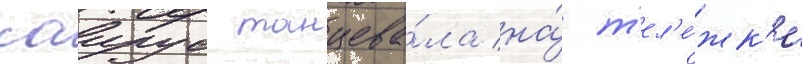
саирус танцева́ла на́ т'ел'е́жк'е